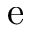
\mathrm { e }